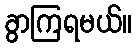
ခွာကြရမယ်။